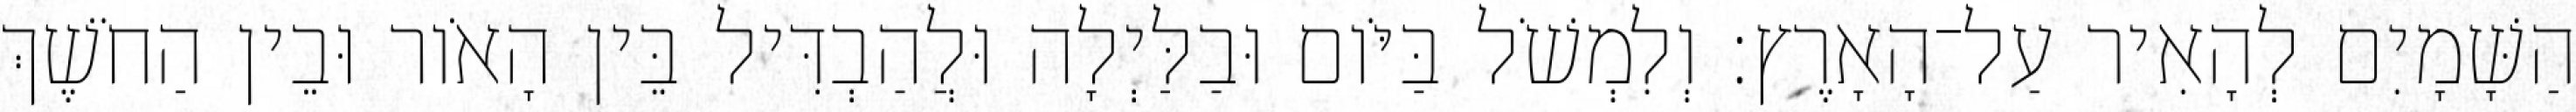
הַשָּׁמָיִם לְהָאִיר עַל־הָאָרֶץ׃ וְלִמְשֹׁל בַּיֹּום וּבַלַּיְלָה וּלֲהַבְדִּיל בֵּין הָאֹור וּבֵין הַחֹשֶׁךְ